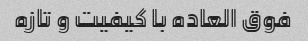
فوق العاده با کیفیت و تازه